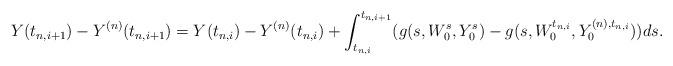
LaTeX: \begin{align*} Y(t_{n,i+1})-Y^{(n)}(t_{n, i+1})=Y(t_{n, i})-Y^{(n)}(t_{n, i})+\int_{t_{n, i}}^{t_{n, i+1}} (g(s, W_0^s, Y_0^s)-g(s, W_0^{t_{n, i}}, Y_0^{(n), t_{n, i}})) ds.\end{align*}